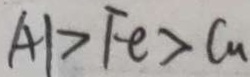
A 1 > F e > C u